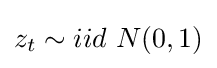
z_{t}\sim iid~N(0,1)